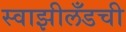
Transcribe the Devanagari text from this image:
स्वाझीलँडची